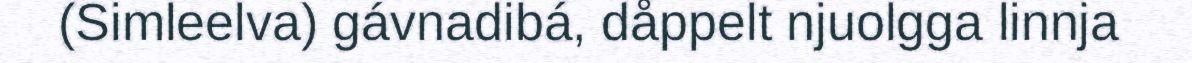
(Simleelva) gávnadibá, dåppelt njuolgga linnja